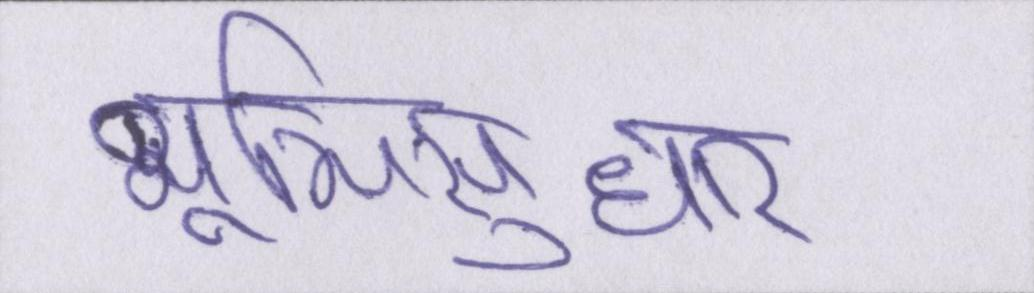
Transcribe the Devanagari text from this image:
भूमिसुधार